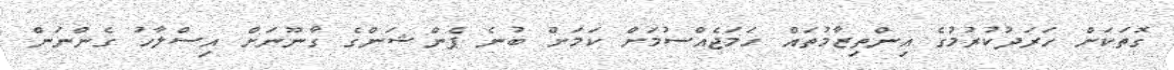
ގޮތަކަށް ހަރަދުކުރުމުގެ އިންތިޒާމުތައް ހަަމަޖެއްސުމަށް ކަމަށް ބުނެ ޕެންޝަންގެ ގާނޫނަށް އިސްލާހު ގެންނަން